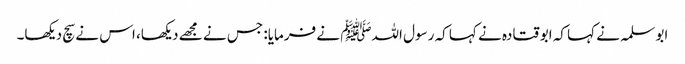
ابو سلمہ نے کہا کہ ابو قتادہ نے کہا کہ رسول اللہﷺ نے فرمایا: جس نے مجھے دیکھا، اس نے سچ دیکھا۔